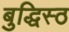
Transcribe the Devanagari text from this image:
बुद्धिस्ठ